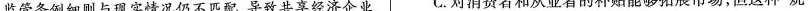
监管条例细则与现实情况仍不匹配，导致共享经济企业 C.对消费者和从业者的补贴能够拓展市场，但这种”烧